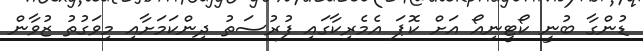
ޑުންގާ ބުނީ ކޯޓީނިއޯ އަށް ކޮޕަ އެމެރިކާގައި ފުރުސަތު ދިންކަމަށާއި މިވަގުތު ޒުވާން